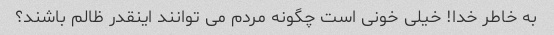
به خاطر خدا! خیلی خونی است چگونه مردم می توانند اینقدر ظالم باشند؟